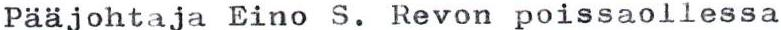
Pääjohtaja Eino S. Revon poissaollessa